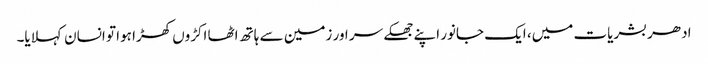
ادھر بشریات میں، ایک جانور اپنے جھکے سر اور زمین سے ہاتھ اٹھا اکڑوں کھڑا ہوا تو انسان کہلایا۔